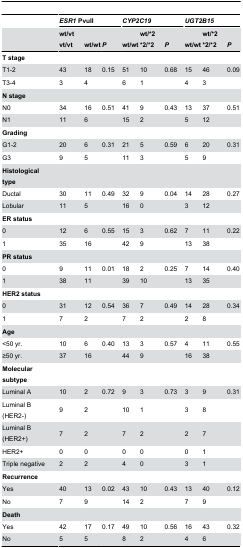
<table><thead><tr><td></td><td colspan="3"><b><i>ESR1</i> PvuII</b></td><td colspan="3"><b><i>CYP2C19</i></b></td><td colspan="3"><b><i>UGT2B15</i></b></td></tr><tr><td></td><td><b>wt/vt vt/vt</b></td><td><b>wt/wt</b></td><td><b><i>P</i></b></td><td><b>wt/wt</b></td><td><b>wt/*2 *2/*2</b></td><td><b><i>P</i></b></td><td><b>wt/wt</b></td><td><b>wt/*2 *2/*2</b></td><td><b><i>P</i></b></td></tr></thead><tbody><tr><td><b>T stage</b></td><td></td><td></td><td></td><td></td><td></td><td></td><td></td><td></td><td></td></tr><tr><td>T1-2</td><td>43</td><td>18</td><td>0.15</td><td>51</td><td>10</td><td>0.68</td><td>15</td><td>46</td><td>0.09</td></tr><tr><td>T3-4</td><td>3</td><td>4</td><td></td><td>6</td><td>1</td><td></td><td>4</td><td>3</td><td></td></tr><tr><td><b>N stage</b></td><td></td><td></td><td></td><td></td><td></td><td></td><td></td><td></td><td></td></tr><tr><td>N0</td><td>34</td><td>16</td><td>0.51</td><td>41</td><td>9</td><td>0.43</td><td>13</td><td>37</td><td>0.51</td></tr><tr><td>N1</td><td>11</td><td>6</td><td></td><td>15</td><td>2</td><td></td><td>5</td><td>12</td><td></td></tr><tr><td><b>Grading</b></td><td></td><td></td><td></td><td></td><td></td><td></td><td></td><td></td><td></td></tr><tr><td>G1-2</td><td>20</td><td>6</td><td>0.31</td><td>21</td><td>5</td><td>0.59</td><td>6</td><td>20</td><td>0.31</td></tr><tr><td>G3</td><td>9</td><td>5</td><td></td><td>11</td><td>3</td><td></td><td>5</td><td>9</td><td></td></tr><tr><td><b>Histological type</b></td><td></td><td></td><td></td><td></td><td></td><td></td><td></td><td></td><td></td></tr><tr><td>Ductal</td><td>30</td><td>11</td><td>0.49</td><td>32</td><td>9</td><td>0.04</td><td>14</td><td>28</td><td>0.27</td></tr><tr><td>Lobular</td><td>11</td><td>5</td><td></td><td>16</td><td>0</td><td></td><td>3</td><td>12</td><td></td></tr><tr><td><b>ER status</b></td><td></td><td></td><td></td><td></td><td></td><td></td><td></td><td></td><td></td></tr><tr><td>0</td><td>12</td><td>6</td><td>0.55</td><td>15</td><td>3</td><td>0.62</td><td>7</td><td>11</td><td>0.22</td></tr><tr><td>1</td><td>35</td><td>16</td><td></td><td>42</td><td>9</td><td></td><td>13</td><td>38</td><td></td></tr><tr><td><b>PR status</b></td><td></td><td></td><td></td><td></td><td></td><td></td><td></td><td></td><td></td></tr><tr><td>0</td><td>9</td><td>11</td><td>0.01</td><td>18</td><td>2</td><td>0.25</td><td>7</td><td>14</td><td>0.40</td></tr><tr><td>1</td><td>38</td><td>11</td><td></td><td>39</td><td>10</td><td></td><td>13</td><td>35</td><td></td></tr><tr><td><b>HER2 status</b></td><td></td><td></td><td></td><td></td><td></td><td></td><td></td><td></td><td></td></tr><tr><td>0</td><td>31</td><td>12</td><td>0.54</td><td>36</td><td>7</td><td>0.49</td><td>14</td><td>28</td><td>0.34</td></tr><tr><td>1</td><td>7</td><td>2</td><td></td><td>7</td><td>2</td><td></td><td>2</td><td>8</td><td></td></tr><tr><td><b>Age</b></td><td></td><td></td><td></td><td></td><td></td><td></td><td></td><td></td><td></td></tr><tr><td>&lt;50 yr.</td><td>10</td><td>6</td><td>0.40</td><td>13</td><td>3</td><td>0.57</td><td>4</td><td>11</td><td>0.55</td></tr><tr><td>≥50 yr.</td><td>37</td><td>16</td><td></td><td>44</td><td>9</td><td></td><td>16</td><td>38</td><td></td></tr><tr><td><b>Molecular subtype</b></td><td></td><td></td><td></td><td></td><td></td><td></td><td></td><td></td><td></td></tr><tr><td>Luminal A</td><td>10</td><td>2</td><td>0.72</td><td>9</td><td>3</td><td>0.73</td><td>3</td><td>9</td><td>0.31</td></tr><tr><td>Luminal B (HER2-)</td><td>9</td><td>2</td><td></td><td>10</td><td>1</td><td></td><td>3</td><td>8</td><td></td></tr><tr><td>Luminal B (HER2+)</td><td>7</td><td>2</td><td></td><td>7</td><td>2</td><td></td><td>2</td><td>7</td><td></td></tr><tr><td>HER2+</td><td>0</td><td>0</td><td></td><td>0</td><td>0</td><td></td><td>0</td><td>1</td><td></td></tr><tr><td>Triple negative</td><td>2</td><td>2</td><td></td><td>4</td><td>0</td><td></td><td>3</td><td>1</td><td></td></tr><tr><td><b>Recurrence</b></td><td></td><td></td><td></td><td></td><td></td><td></td><td></td><td></td><td></td></tr><tr><td>Yes</td><td>40</td><td>13</td><td>0.02</td><td>43</td><td>10</td><td>0.43</td><td>13</td><td>40</td><td>0.12</td></tr><tr><td>No</td><td>7</td><td>9</td><td></td><td>14</td><td>2</td><td></td><td>7</td><td>9</td><td></td></tr><tr><td><b>Death</b></td><td></td><td></td><td></td><td></td><td></td><td></td><td></td><td></td><td></td></tr><tr><td>Yes</td><td>42</td><td>17</td><td>0.17</td><td>49</td><td>10</td><td>0.56</td><td>16</td><td>43</td><td>0.32</td></tr><tr><td>No</td><td>5</td><td>5</td><td></td><td>8</td><td>2</td><td></td><td>4</td><td>6</td><td></td></tr></tbody></table>